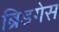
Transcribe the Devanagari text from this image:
ब्रिडगेस